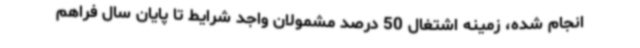
انجام شده، زمینه اشتغال 50 درصد مشمولان واجد شرایط تا پایان سال فراهم